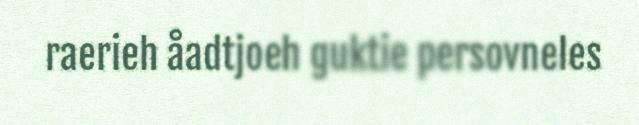
raerieh åadtjoeh guktie persovneles